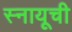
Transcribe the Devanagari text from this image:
स्नायूची